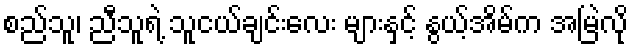
စည်သူ၊ ညီသူရဲ့ သူငယ်ချင်းလေး များနှင့် နွယ့်အိမ်က အမြဲလို